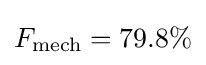
F_{\text{mech}}=79.8\%